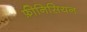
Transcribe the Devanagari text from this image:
फ़ीनिसियन